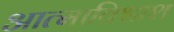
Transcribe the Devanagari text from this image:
आत्माविश्वाश